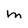
Character: M